Report on lock hospitals in British Burma
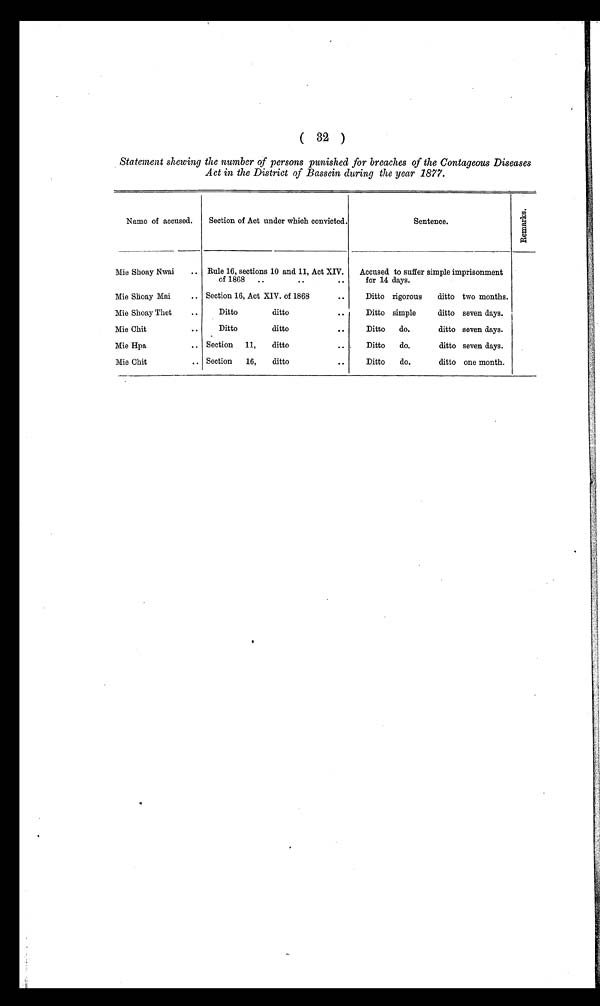
( 32 )
Statement shewing the number of persons punished for breaches of the Contageous Diseases
Act in the District of Bassein during the year 1877.
Name of accused.
Section of Act under which convicted.
Sentence.
R e m a r k s .
Mie Shoay Nwai
.. Rule 16, sections 10 and 11, Act XIV.
of 1868.. .. ..
Accused to suffer simple imprisonment
for 14 days.
Mie Shoay Mai
.. Section 16, Act XIV. of 1868
..
Ditto rigorous ditto two months.
Mie Shoay Thet
..
Ditto
ditto
. .
Ditto simple
ditto seven days.
Mie Chit
..
Ditto
ditto
. .
Ditto do.
ditto seven days.
Mie Hpa
.. Section 11, ditto
..
Ditto do.
ditto seven days.
Mie Chit
.. Section 16, ditto
. . .
Ditto do.
ditto one month.